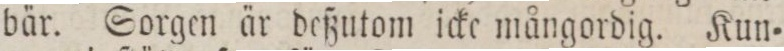
bär. Sorgen är deßutom icke mångordig. Kun=